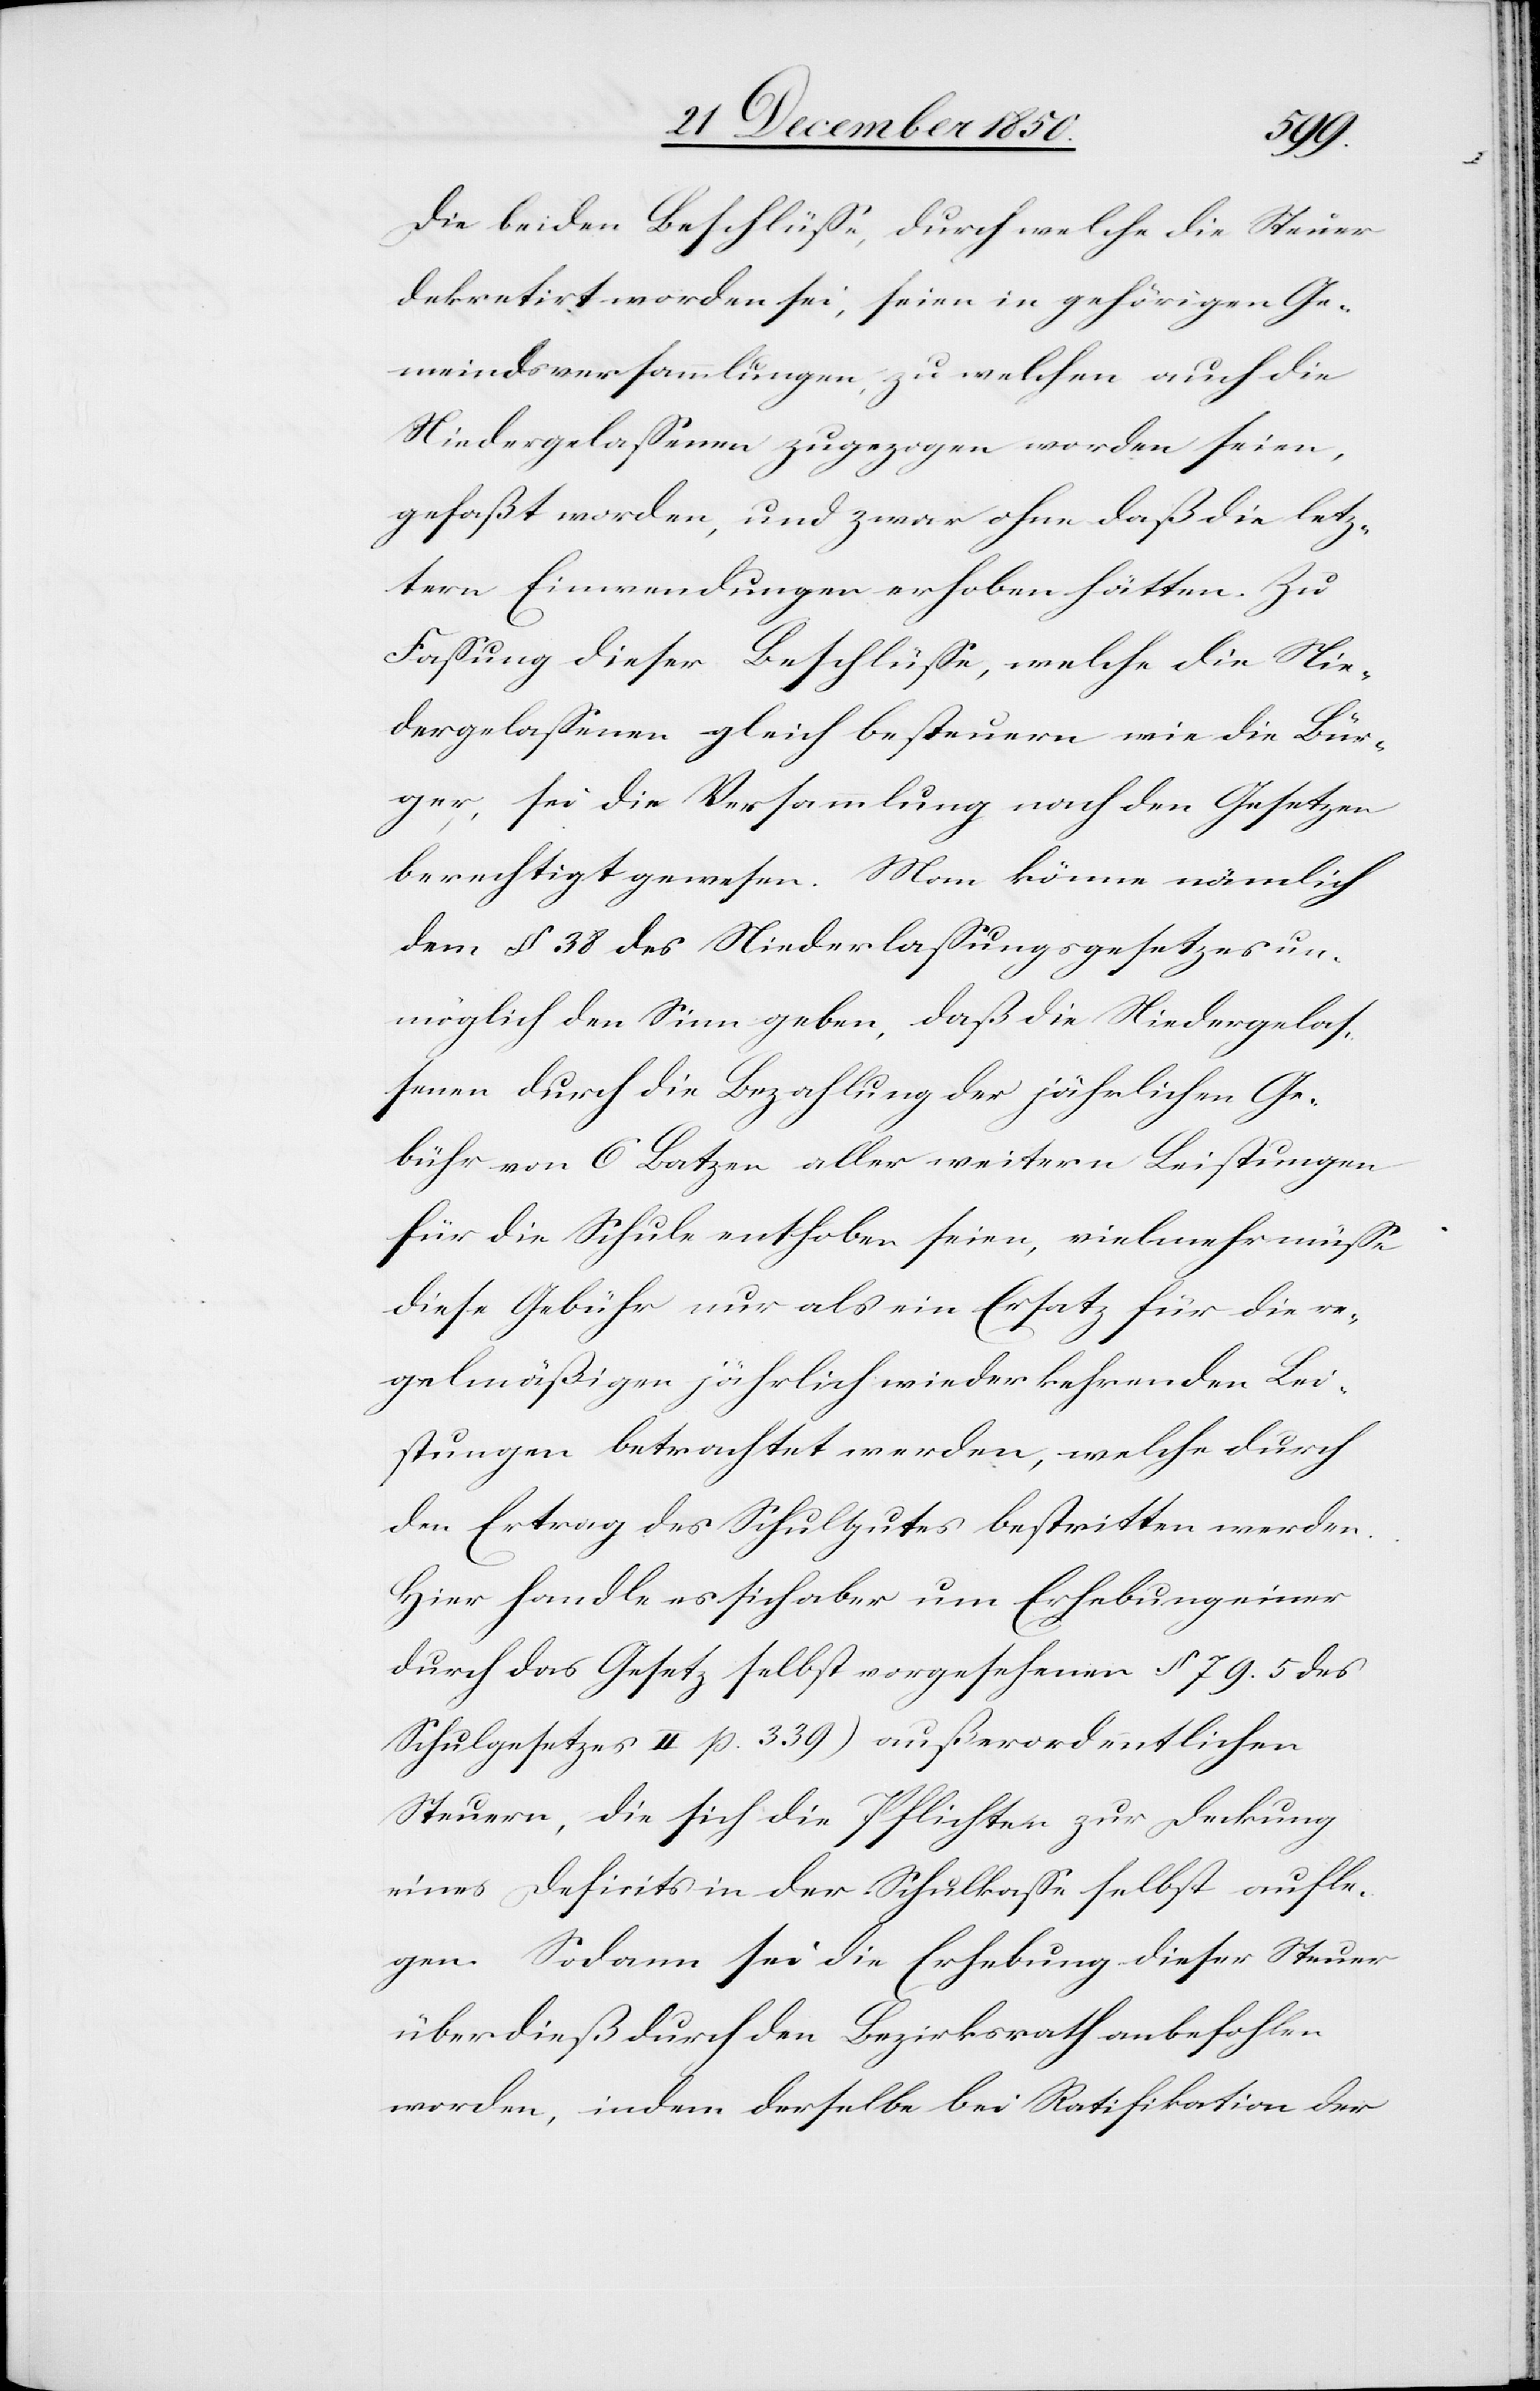
Die beiden Beschlüsse, durch welche die Steuer
dekretirt worden sei, seien in gehörigen Ge¬
meindsversammlungen, zu welchen auch die
Niedergelassenen zugezogen worden seien,
gefaßt worden, und zwar ohne daß die letz¬
tern Einwendungen erhoben hätten. Zu
Fassung dieser Beschlüsse, welche die Nie¬
dergelassenen gleich besteuern wie die Bür¬
ger, sei die Versammlung nach den Gesetzen
berechtigt gewesen. Man könne nämlich
dem § 38 des Niederlassungsgesetzes un¬
möglich den Sinn geben, daß die Niedergelas¬
senen durch die Bezahlung der jährlichen Ge¬
bühr von 6 Batzen aller weitern Leistungen
für die Schule enthoben seien, vielmehr müsse
diese Gebühr nur als ein Ersatz für die re¬
gelmäßigen jährlich wieder kehrenden Lei¬
stungen betrachtet werden, welche durch
den Ertrag des Schulgutes bestritten werden.
Hier handle es sich aber um Erhebung einer
durch das Gesetz selbst vorgesehenen [(]§ 79. 5 des
Schulgesetzes II p. 339) außerordentlichen
Steuer, die sich die Pflicht[ig]en zur Deckung
eines Deficits in der Schulkasse selbst aufle¬
gen. Sodann sei die Erhebung dieser Steuer
überdieß durch den Bezirksrath anbefohlen
worden, indem derselbe bei Ratifikation der